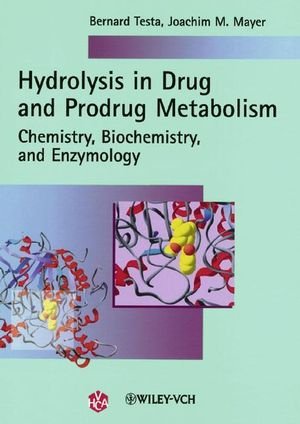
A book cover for Hydrolysis in Drug and Prodrug Metabolism; Bernard Testa; Medical Books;